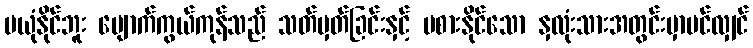
မယုံနိုင်ဘူး ပျောက်ကွယ်ကုန်သည် သတ်မှတ်ခြင်းနှင့် မစားနိုင်သော နှလုံးသားအတွင်းမှာပင်လျှင်